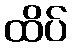
ထိပ်